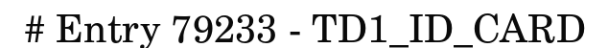
# Entry 79233 - TD1_ID_CARD